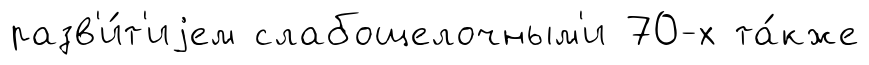
разв'и́т'иjем слабощелочным'и 70-х та́кже